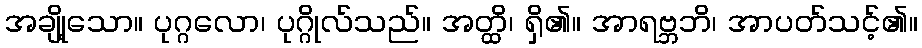
အချို့သော။ ပုဂ္ဂလော၊ ပုဂ္ဂိုလ်သည်။ အတ္ထိ၊ ရှိ၏။ အာရဗ္ဘဘိ၊ အာပတ်သင့်၏။